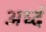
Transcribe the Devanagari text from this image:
अर्ध्द